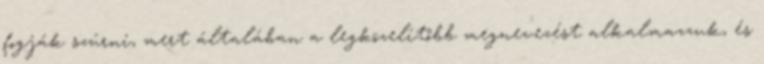
fogják szúrni, mert általában a legközelítőbb megnevezést alkalmazzuk, és